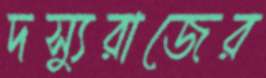
দস্যুরাজের